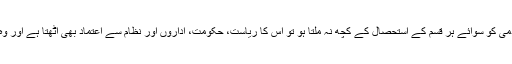
وگرنہ دوسری جانب ایک ایسی سیاست جس میں سب کچھ ہوتا ہو مگر عام آدمی کو سوائے ہر قسم کے استحصال کے کچھ نہ ملتا ہو تو اس کا ریاست، حکومت، اداروں اور نظام سے اعتماد بھی اٹھتا ہے اور وہ لاتعلق بھی ہوتا جو کسی بھی نظام کے لیے ایک بڑے خطرے سے کم نہیں۔